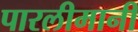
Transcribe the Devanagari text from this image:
पारलीमानी